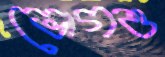
ভোগও